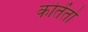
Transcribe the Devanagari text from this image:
कोतेंतो